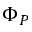
\Phi _ { P }